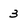
Character: 3